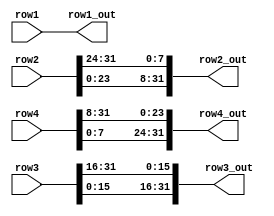
`timescale 1ns / 1ps
//////////////////////////////////////////////////////////////////////////////////
// Company: 
// Engineer: 
// 
// Design Name: 
// Module Name: ShiftRows
// Project Name: 
// Target Devices: 
// Tool Versions: 
// Description: 
// 
// Dependencies: 
// 
// Revision:
// Revision 0.01 - File Created
// Additional Comments:
// 
//////////////////////////////////////////////////////////////////////////////////


module ShiftRows(
    input [31:0] row1,
    input [31:0] row2,
    input [31:0] row3,
    input [31:0] row4,
    output [31:0] row1_out,
    output [31:0] row2_out,
    output [31:0] row3_out,
    output [31:0] row4_out
    );
    
    assign row1_out = row1;
    assign row2_out = {row2[23:0], row2[31:24]};
    assign row3_out = {row3[15:0], row3[31:16]};
    assign row4_out = {row4[7:0], row4[31:8]};
    
endmodule